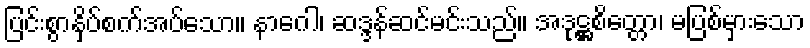
ပြင်းစွာနှိပ်စက်အပ်သော။ နာဂေါ၊ ဆဒ္ဒန်ဆင်မင်းသည်။ အဒုဋ္ဌစိတ္တော၊ မပြစ်မှားသော